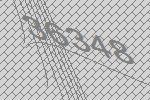
36348